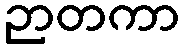
ဉာတကာ